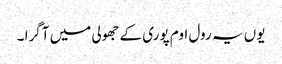
یوں یہ رول اوم پوری کے جھولی میں آگرا ۔